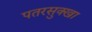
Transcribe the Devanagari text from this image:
पतरसुक्खा